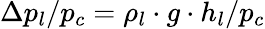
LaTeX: \Delta p_{l}/p_{c}=\rho_{l}\cdot g\cdot h_{l}/p_{c}